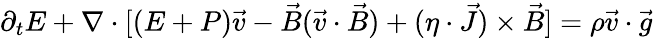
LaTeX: \partial_{t}E+\nabla\cdot[(E+P)\vec{v}-\vec{B}(\vec{v}\cdot\vec{B})+(\eta\cdot\vec{J})\times\vec{B}]=\rho\vec{v}\cdot\vec{g}